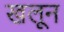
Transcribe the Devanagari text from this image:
खलून